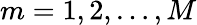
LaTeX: m=1,2,\ldots,M